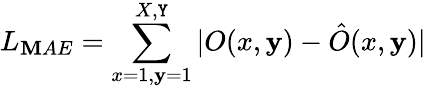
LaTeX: L_{\mathbf{M}AE}=\sum_{x=1,\mathbf{y}=1}^{X,\mathtt{Y}}|O(x,\mathbf{y})-\hat{{O}}(x,\mathbf{y})|